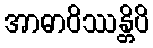
အာဓာဝိဿန္တိပိ